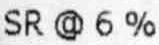
SR @ 6 %